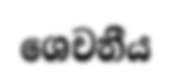
ශෙචනීය